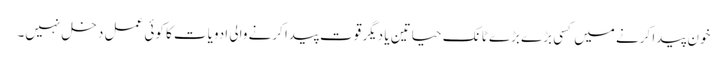
خون پیدا کرنے میں کسی بڑے بڑے ٹانک حیاتین یا دیگر قوت پیدا کرنے والی ادویات کا کوئی عمل دخل نہیں۔